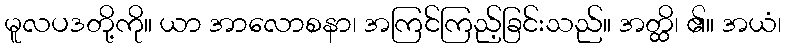
မူလပဒတို့ကို။ ယာ အာလောစနာ၊ အကြင်ကြည့်ခြင်းသည်။ အတ္ထိ၊ ၏။ အယံ၊